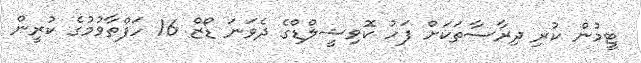
ޓީމުން ކުރި ދިރާސާތަކަށް ފަހު ކޮވިޝީލްޑްގެ ދެވަނަ ޑޯޒް 16 ހަފްތާވުމުގެ ކުރީން